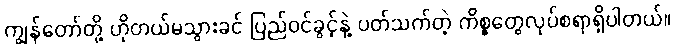
ကျွန်တော်တို့ ဟိုတယ်မသွားခင် ပြည်ဝင်ခွင့်နဲ့ ပတ်သက်တဲ့ ကိစ္စတွေလုပ်စရာရှိပါတယ်။